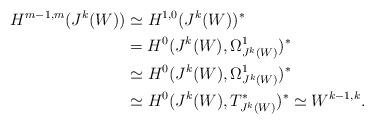
LaTeX: \begin{align*}H^{m-1,m}(J^k(W))&\simeq H^{1,0}(J^k(W))^* \\&=H^0(J^k(W),\Omega^1_{J^k(W)})^*\\&\simeq H^0(J^k(W),\Omega^1_{J^k(W)})^*\\&\simeq H^0(J^k(W),T^*_{J^k(W)})^*\simeq W^{k-1,k}.\end{align*}